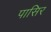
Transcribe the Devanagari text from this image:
पासिर